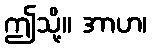
ဤသို့။ အာဟ၊